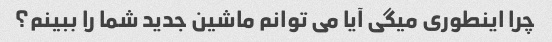
چرا اینطوری میگی آیا می توانم ماشین جدید شما را ببینم؟